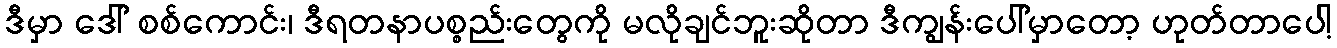
ဒီမှာ ဒေါ် စစ်ကောင်း၊ ဒီရတနာပစ္စည်းတွေကို မလိုချင်ဘူးဆိုတာ ဒီကျွန်းပေါ်မှာတော့ ဟုတ်တာပေါ့